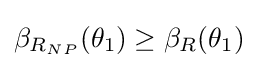
\beta _{R_{NP}}(\theta _{1})\geq \beta _{R}(\theta _{1})